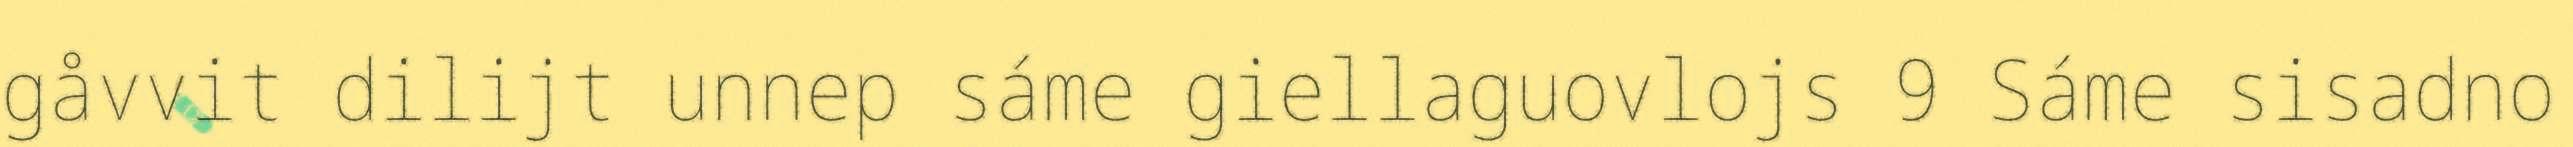
gåvvit dilijt unnep sáme giellaguovlojs 9 Sáme sisadno